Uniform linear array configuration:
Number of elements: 16
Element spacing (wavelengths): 0.75
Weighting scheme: hann
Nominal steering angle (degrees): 0
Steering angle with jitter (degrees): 0.7971
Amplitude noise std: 0.05
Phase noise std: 0.05

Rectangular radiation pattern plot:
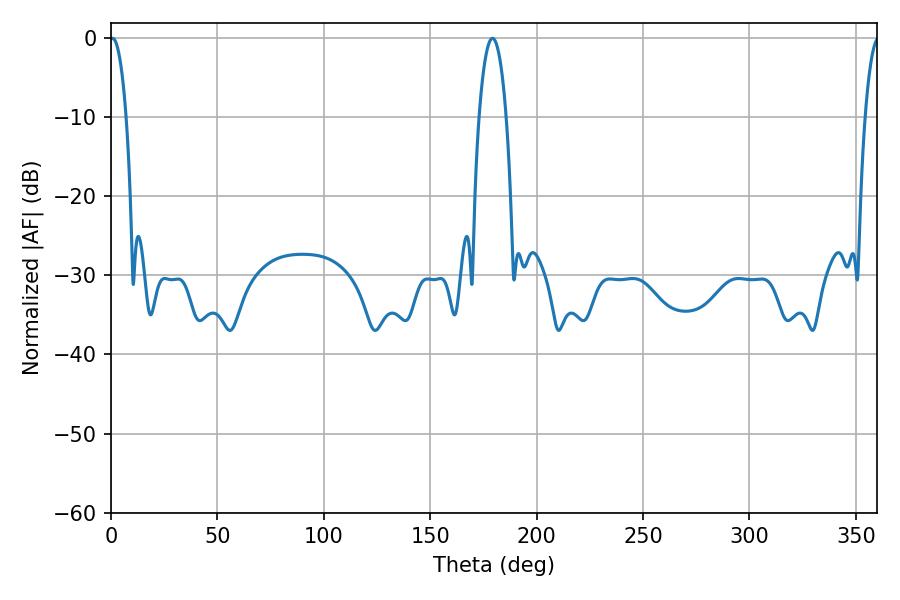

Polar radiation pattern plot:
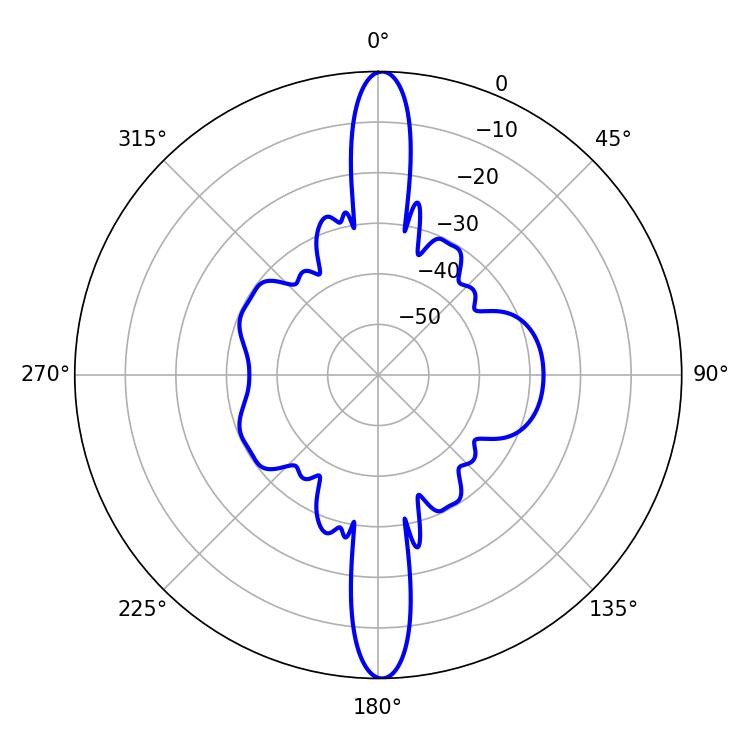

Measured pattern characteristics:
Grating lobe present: TRUE
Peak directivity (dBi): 27.133
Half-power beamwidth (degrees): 4.32
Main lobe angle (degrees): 0.72